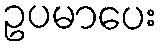
ဥပမာပေး